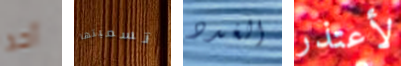
أحد تسميتها الغدد لأعتذر